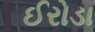
ઈરોડા